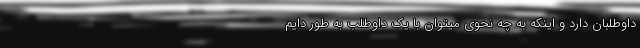
داوطلبان دارد و اینکه به چه نحوی میتوان با یک داوطلب به طور دایم